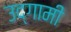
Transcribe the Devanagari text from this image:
उद्‌गामी